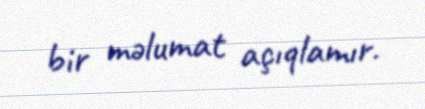
bir məlumat açıqlamır.